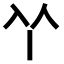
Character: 𠁥